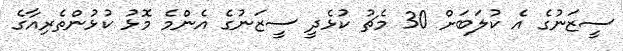
ސީޒަނުގެ އެ ކުލަބަށް 30 މެޗު ކުޅެދީ ސީޒަނުގެ އެންމެ މޮޅު ކުޅުންތެރިއާގެ